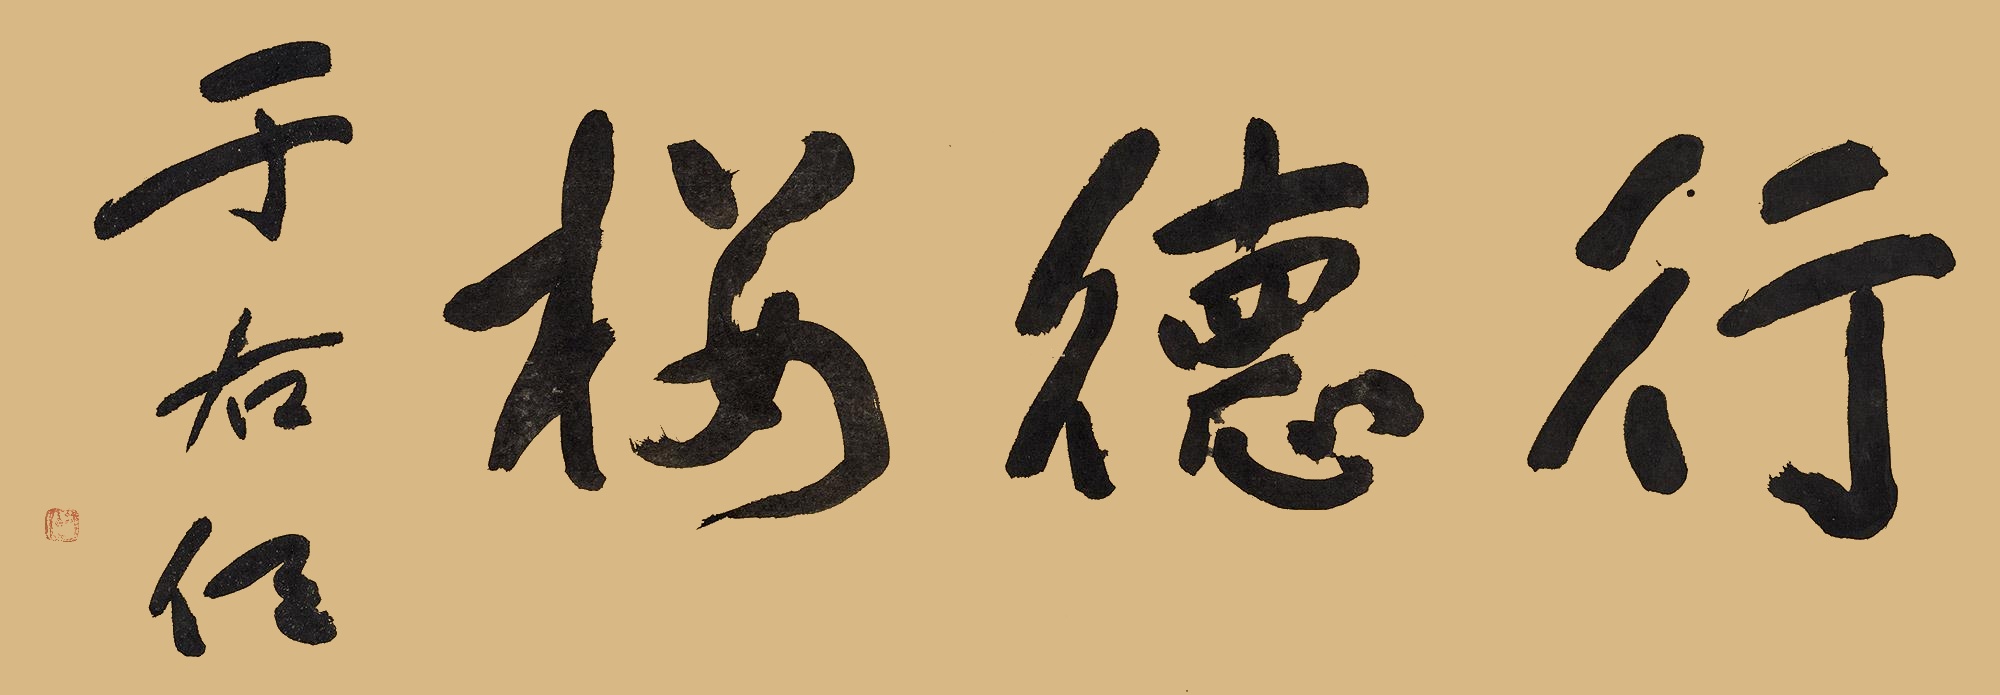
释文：行德楼于右任。